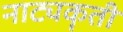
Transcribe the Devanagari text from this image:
नाट्यकॄती